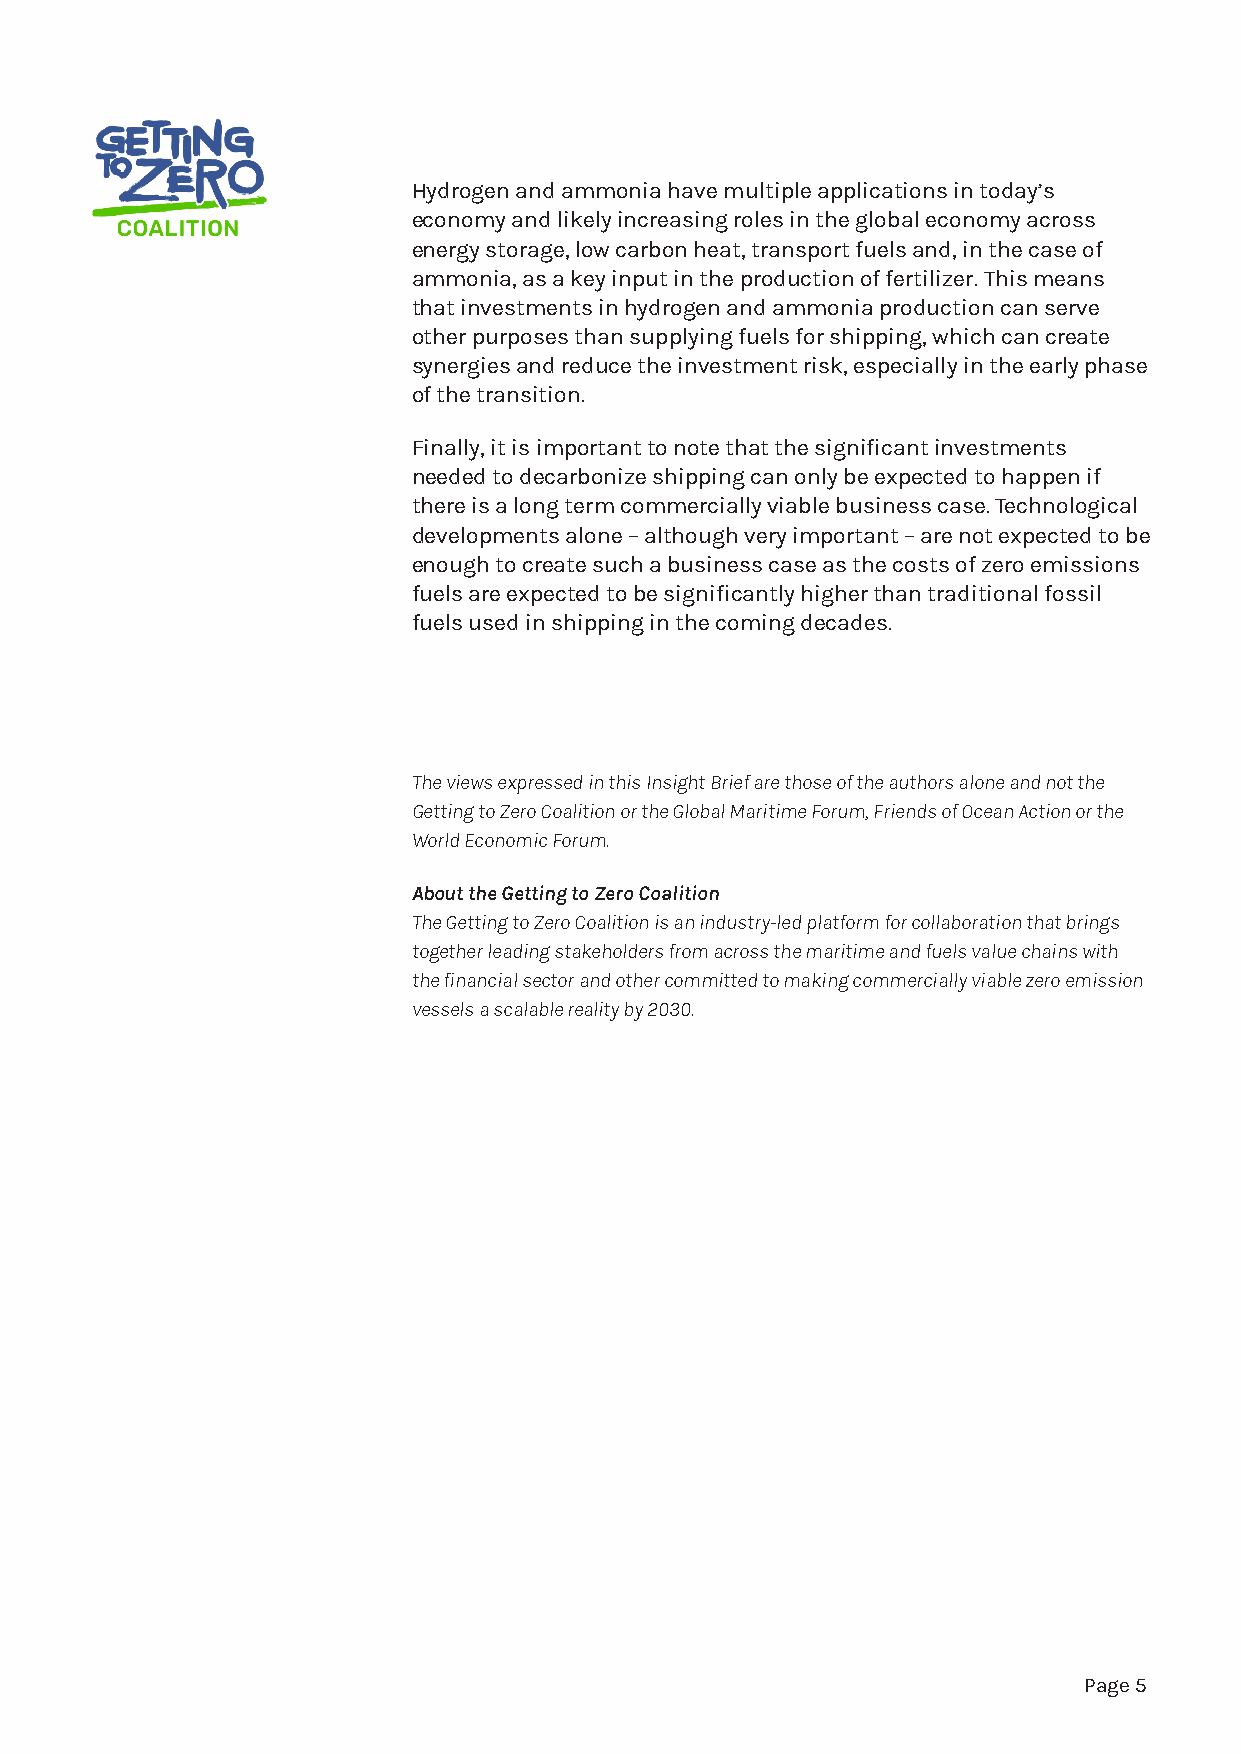
Hydrogen and ammonia have multiple applications in today’s
 economy and likely increasing roles in the global economy across
 energy storage, low carbon heat, transport fuels and, in the case of
 ammonia, as a key input in the production of fertilizer. This means
 that investments in hydrogen and ammonia production can serve
 other purposes than supplying fuels for shipping, which can create
 synergies and reduce the investment risk, especially in the early phase
 of the transition.
 Finally, it is important to note that the significant investments
 needed to decarbonize shipping can only be expected to happen if
 there is a long term commercially viable business case. Technological
 developments alone – although very important – are not expected to be
 enough to create such a business case as the costs of zero emissions
 fuels are expected to be significantly higher than traditional fossil
 fuels used in shipping in the coming decades.
 The views expressed in this Insight Brief are those of the authors alone and not the
 Getting to Zero Coalition or the Global Maritime Forum, Friends of Ocean Action or the
 World Economic Forum.
 About the Getting to Zero Coalition
 The Getting to Zero Coalition is an industry-led platform for collaboration that brings
 together leading stakeholders from across the maritime and fuels value chains with
 the financial sector and other committed to making commercially viable zero emission
 vessels a scalable reality by 2030.
 Page 5